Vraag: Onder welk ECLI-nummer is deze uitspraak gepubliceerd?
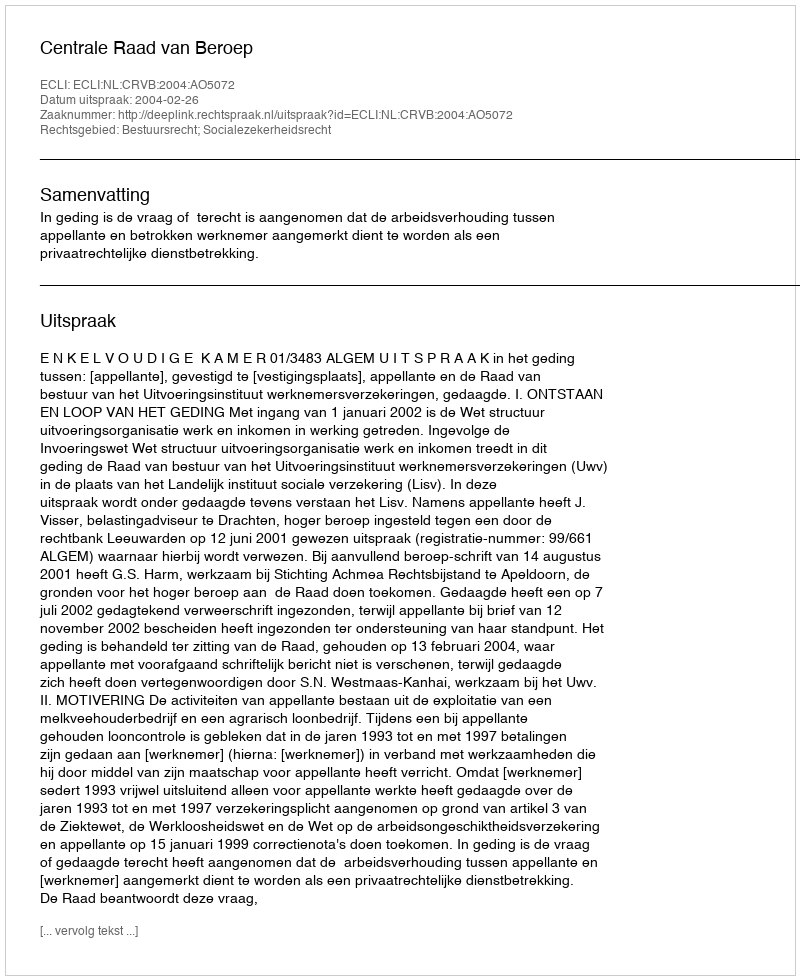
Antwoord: ECLI:NL:CRVB:2004:AO5072